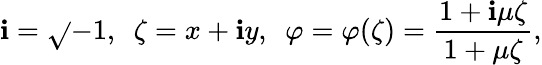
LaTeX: \mathbf{i}=\sqrt{}{{-1}},\ \ \zeta=x+\mathbf{i}y,\ \ \varphi=\varphi(\zeta)=\frac{{1+\mathbf{i}\mu\zeta}}{{1+\mu\zeta}},